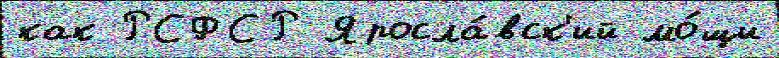
как РСФСР Яросла́вск'ий мо́щи